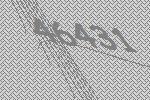
46431